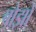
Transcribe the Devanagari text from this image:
बोझो